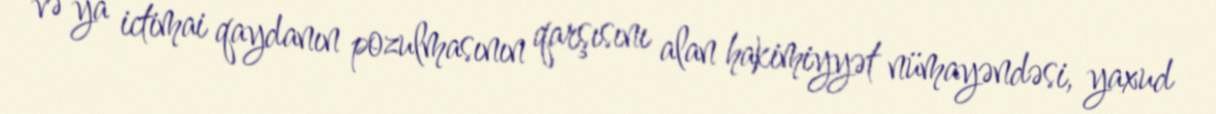
və ya ictimai qaydanın pozulmasının qarşısını alan hakimiyyət nümayəndəsi, yaxud